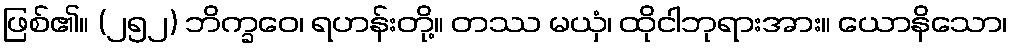
ဖြစ်၏။ (၂၅၂) ဘိက္ခဝေ၊ ရဟန်းတို့။ တဿ မယှံ၊ ထိုငါဘုရားအား။ ယောနိသော၊